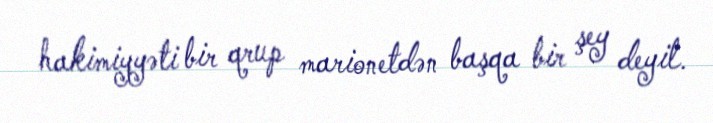
hakimiyyəti bir qrup marionetdən başqa bir şey deyil.